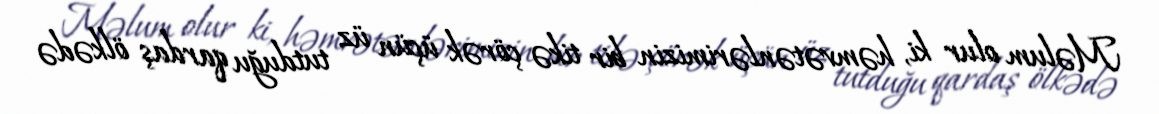
Məlum olur ki, həmvətənlərimizin bir tikə çörək üçün üz tutduğu qardaş ölkədə